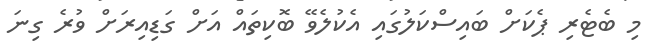
މި ބެޓެރި ޕެކަށް ބައިސްކަލުގައި އެކުލެވޭ ބޮކިތައް އަށް ގަޑިއިރަށް ވުރެ ގިނަ